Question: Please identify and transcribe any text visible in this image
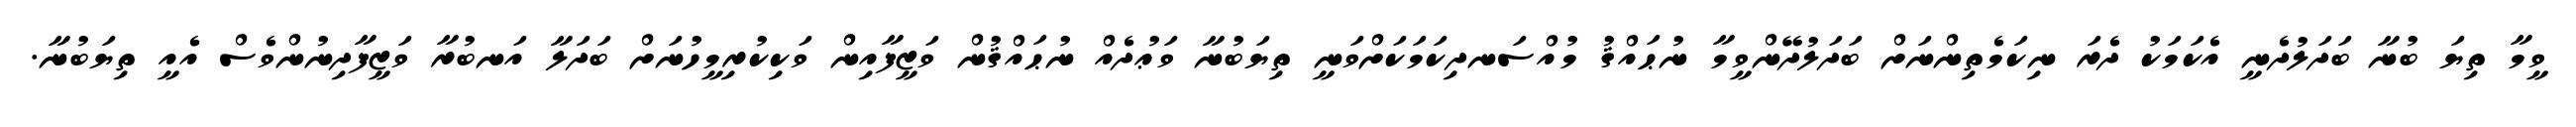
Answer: ވީމާ ތިޔަ ބުނާ ބަދަލުދެނީ އެކަމަކު ދެރަ ނިކަމެތިންނަށް ބަދަލުދޭންވީމާ ނުޙައްޤު މުއްސަނދިކަމަކަށްވަނީ ތިޔަބުނާ ވަޢުދެއް ނުޙައްޤުން ވަޒީފާއިން ވަކިކުރިމީހުނަށް ބަދަލާ އަނބުރާ ވަޒީފާދިނުންވެސް އެއީ ތިޔަބުނާ.